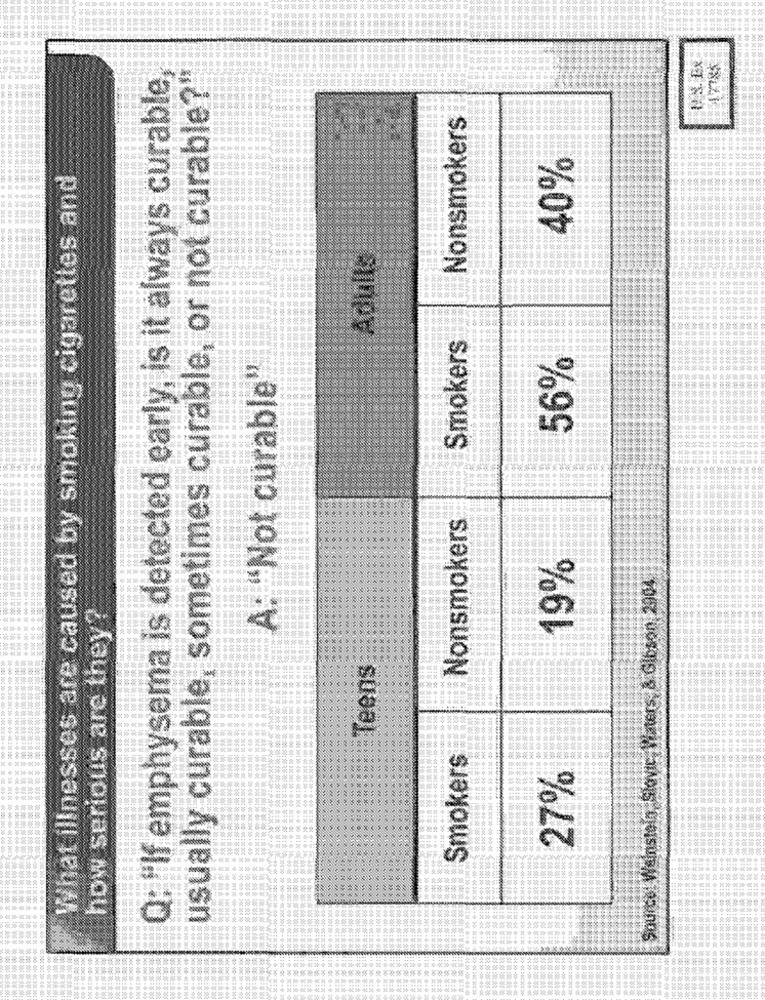
Q: "If emphysema is detected early, is it always curable,
usually curable, sometimes curable, or not curable?"
Nonsmokers
40%
What illnesses are caused by smoking cigarettes and
Adults
Smokers
56%
A: "Not curable"
Nonsmokers
19%
Source: Weinstein, Slovte, Waters, & Gibson 2904
how serious are they?
Teens
Smokers
27%